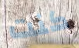
كنت